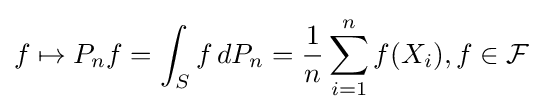
f\mapsto P_{n}f=\int _{S}f\,dP_{n}={\frac {1}{n}}\sum _{i=1}^{n}f(X_{i}),f\in {\mathcal {F}}